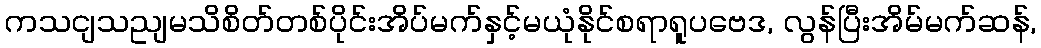
ကသငျသညျမသိစိတ်တစ်ပိုင်းအိပ်မက်နှင့်မယုံနိုင်စရာရူပဗေဒ, လွန်ပြီးအိမ်မက်ဆန်,